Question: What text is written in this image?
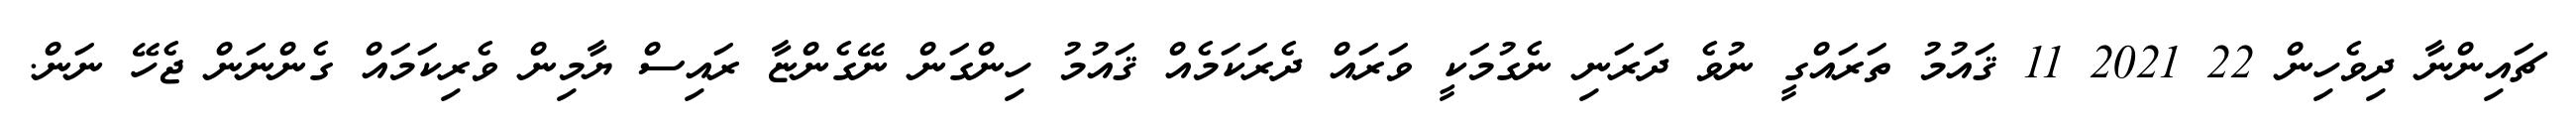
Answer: ޗައިންނާ ދިވެހިން 22 2021 11 ޤައުމު ތަރައްގީ ނުވެ ދަރަނި ނެގުމަކީ ވަރައް ދެރަކަމެއް ޤައުމު ހިންގަން ނޭގެންޏާ ރައިސް ޔާމިން ވެރިކަމައް ގެންނަން ޖެހޭ ނަން.